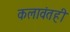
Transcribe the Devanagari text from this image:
कलावंतही